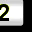
Digit: 2